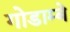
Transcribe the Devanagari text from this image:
गोडाम्बे